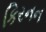
કિરનન